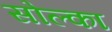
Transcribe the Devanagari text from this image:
सोल्का